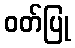
ဝတ်ပြု